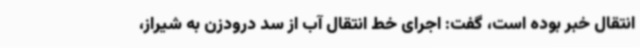
انتقال خبر بوده است، گفت: اجرای خط انتقال آب از سد درودزن به شیراز،